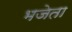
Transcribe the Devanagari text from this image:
भजेता